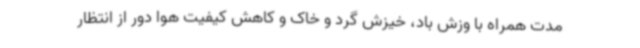
مدت همراه با وزش باد، خیزش گرد و خاک و کاهش کیفیت هوا دور از انتظار